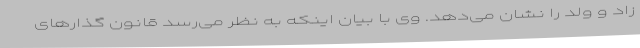
زاد و ولد را نشان می‌دهد. وی با بیان اینکه به نظر می‌رسد قانون گذارهای